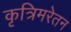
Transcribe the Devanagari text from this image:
कृत्रिमरेतन